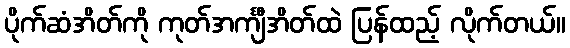
ပိုက်ဆံအိတ်ကို ကုတ်အင်္ကျီအိတ်ထဲ ပြန်ထည့် လိုက်တယ်။